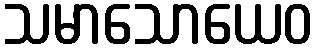
သမာသောယေဝ